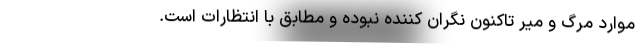
موارد مرگ و میر تاکنون نگران کننده نبوده و مطابق با انتظارات است.